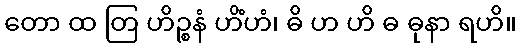
တော ထ တြ ဟိဉ္စနံ ဟိံဟံ၊ ဓိ ဟ ဟိ ဓ ဓုနာ ရဟိ။